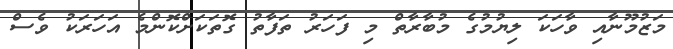
މަޒުމޫނާއި ވާހަކަ ލިޔުމުގެ މުބާރާތް މި ފަހަރު ތަފާތު ގޮތަކަށްކޮންމެ އަހަރަކު ވެސް